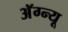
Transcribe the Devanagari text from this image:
अॅग्न्यू